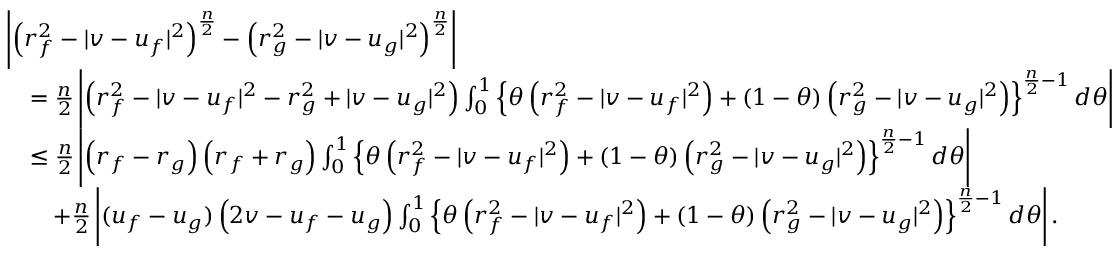
\begin{array} { r l } & { \left| \left( r _ { f } ^ { 2 } - | v - u _ { f } | ^ { 2 } \right) ^ { \frac n 2 } - \left( r _ { g } ^ { 2 } - | v - u _ { g } | ^ { 2 } \right) ^ { \frac n 2 } \right| } \\ & { \quad = \frac n 2 \left| \left( r _ { f } ^ { 2 } - | v - u _ { f } | ^ { 2 } - r _ { g } ^ { 2 } + | v - u _ { g } | ^ { 2 } \right) \int _ { 0 } ^ { 1 } \left\{ \theta \left( r _ { f } ^ { 2 } - | v - u _ { f } | ^ { 2 } \right) + ( 1 - \theta ) \left( r _ { g } ^ { 2 } - | v - u _ { g } | ^ { 2 } \right) \right\} ^ { \frac n 2 - 1 } d \theta \right| } \\ & { \quad \le \frac n 2 \left| \left( r _ { f } - r _ { g } \right) \left( r _ { f } + r _ { g } \right) \int _ { 0 } ^ { 1 } \left\{ \theta \left( r _ { f } ^ { 2 } - | v - u _ { f } | ^ { 2 } \right) + ( 1 - \theta ) \left( r _ { g } ^ { 2 } - | v - u _ { g } | ^ { 2 } \right) \right\} ^ { \frac n 2 - 1 } d \theta \right| } \\ & { \qquad + \frac n 2 \left| ( u _ { f } - u _ { g } ) \left( 2 v - u _ { f } - u _ { g } \right) \int _ { 0 } ^ { 1 } \left\{ \theta \left( r _ { f } ^ { 2 } - | v - u _ { f } | ^ { 2 } \right) + ( 1 - \theta ) \left( r _ { g } ^ { 2 } - | v - u _ { g } | ^ { 2 } \right) \right\} ^ { \frac n 2 - 1 } d \theta \right| . } \end{array}